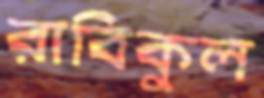
রাবিকুল